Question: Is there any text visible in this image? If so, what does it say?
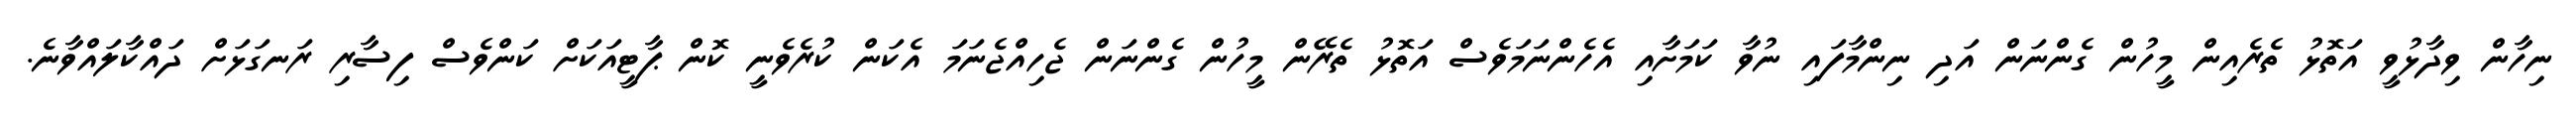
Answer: ނިހާން ވިދާޅުވީ އަތޮޅު ތެރެއިން މީހުން ގެންނަން އަދި ނިންމާފައި ނުވާ ކަމަށާއި އެހެންނަމަވެސް އަތޮޅު ތެރޭން މީހުން ގެންނަން ޖެހިއްޖެނަމަ އެކަން ކުރެވެނީ ކޮން ޕާޓީއަކަށް ކަންވެސް ފިސާރި ރަނގަޅަށް ދައްކާލައްވާނެ.